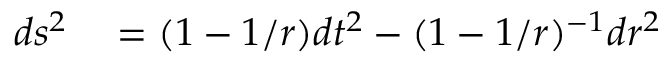
\begin{array} { r l } { d s ^ { 2 } } & { { } = ( 1 - 1 / r ) d t ^ { 2 } - ( 1 - 1 / r ) ^ { - 1 } d r ^ { 2 } } \end{array}